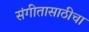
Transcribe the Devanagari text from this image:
संगीतासाठीचा